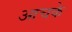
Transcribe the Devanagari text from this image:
आचके